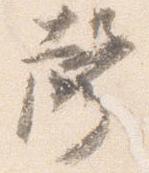
声